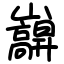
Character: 巐